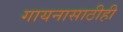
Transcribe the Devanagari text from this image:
गायनासाठीही